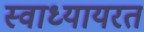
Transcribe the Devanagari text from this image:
स्वाध्यायरत